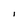
Character: I